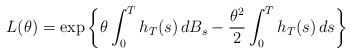
LaTeX: \begin{align*}L(\theta) = \exp\left\{\theta \int_0^T h_T(s) \, dB_s - \frac{\theta^2}{2}\int_0^T h_T(s) \, ds\right\}\end{align*}